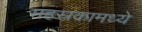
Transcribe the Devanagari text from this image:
सहस्रकामध्ये